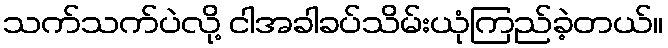
သက်သက်ပဲလို့ ငါအခါခပ်သိမ်းယုံကြည်ခဲ့တယ်။